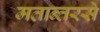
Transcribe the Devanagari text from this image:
मतान्तरसे